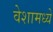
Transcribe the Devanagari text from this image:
वेशामध्ये